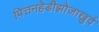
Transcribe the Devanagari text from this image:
पित्तनहेडीझोजाखुर्द